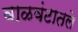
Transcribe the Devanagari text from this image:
वाळवंटातले